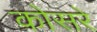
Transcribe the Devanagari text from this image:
कोसरे